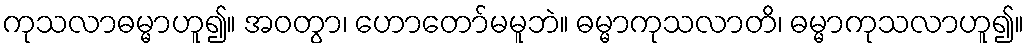
ကုသလာဓမ္မာဟူ၍။ အဝတွာ၊ ဟောတော်မမူဘဲ။ ဓမ္မာကုသလာတိ၊ ဓမ္မာကုသလာဟူ၍။